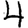
Digit: 4